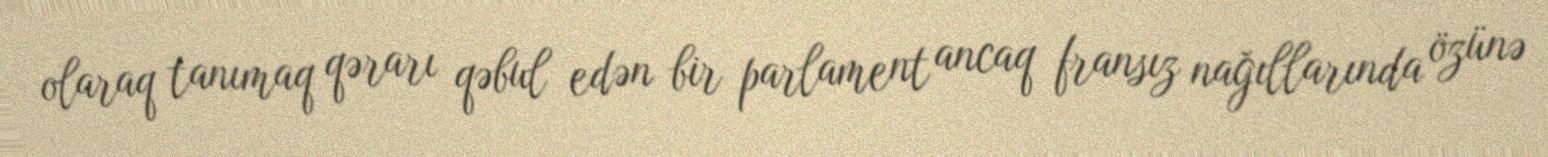
olaraq tanımaq qərarı qəbul edən bir parlament ancaq fransız nağıllarında özünə